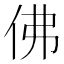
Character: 佛